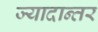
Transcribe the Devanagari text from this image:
ज्यादान्तर